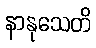
နာနုသေတိ